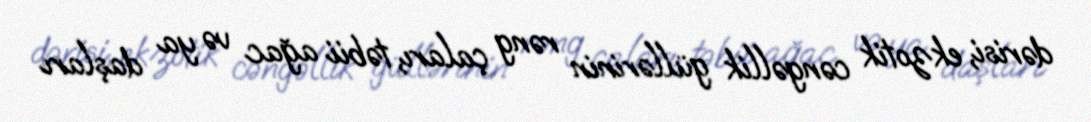
dərisi, ekzotik cəngəllik güllərinin rəng çaları, təbii ağac və ya daşları